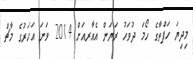
މިދިޔަ ހަފްތާގެ ހޯމަ ދުވަހު ރަޔަން އެއާރއަށް 2014 ވަނަ އަހަރުގެ މާޗް